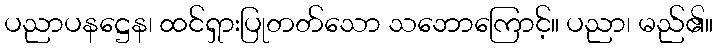
ပညာပနဋ္ဌေန၊ ထင်ရှားပြုတတ်သော သဘောကြောင့်။ ပညာ၊ မည်၏။